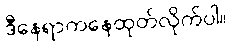
ဒီနေရာကနေထုတ်လိုက်ပါ။